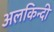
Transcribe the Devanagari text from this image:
अलकिन्दी